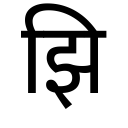
OCR:
झि